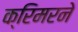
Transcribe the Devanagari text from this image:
क्रिमरने